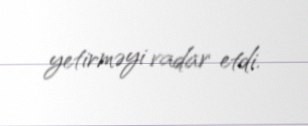
yetirməyi vadar etdi.